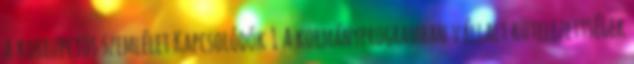
a korrupciós szemlélet Kapcsolódók 1 A kormányprogramban vállalt kötelezettségek